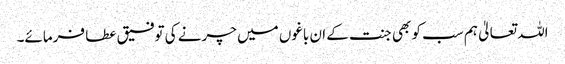
اللہ تعالیٰ ہم سب کو بھی جنت کے ان باغوں میں چرنے کی توفیق عطا فرمائے۔